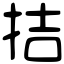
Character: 拮